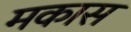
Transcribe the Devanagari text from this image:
मकास